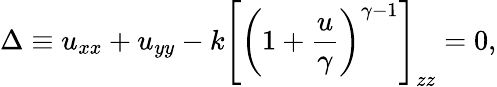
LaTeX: \Delta\equiv u_{xx}+u_{yy}-k\left[\left(1+{\frac{u}{\gamma}}\right)^{\gamma-1}\right]_{zz}=0,